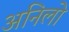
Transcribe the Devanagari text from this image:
अनिलो